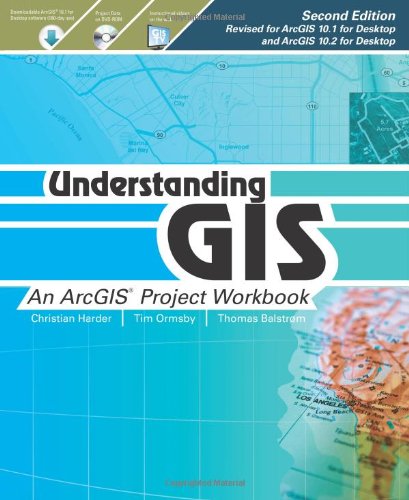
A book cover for Understanding GIS: An ArcGIS Project Workbook; Christian Harder; Engineering & Transportation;